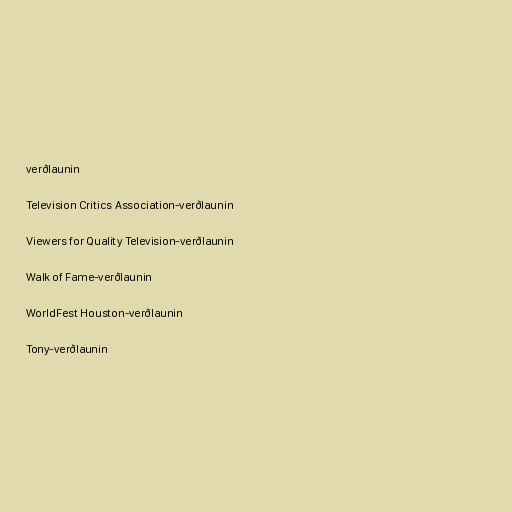
verðlaunin

Television Critics Association-verðlaunin

Viewers for Quality Television-verðlaunin

Walk of Fame-verðlaunin

WorldFest Houston-verðlaunin

Tony-verðlaunin